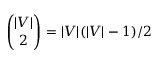
{ \binom { | V | } { 2 } } = | V | ( | V | - 1 ) / 2